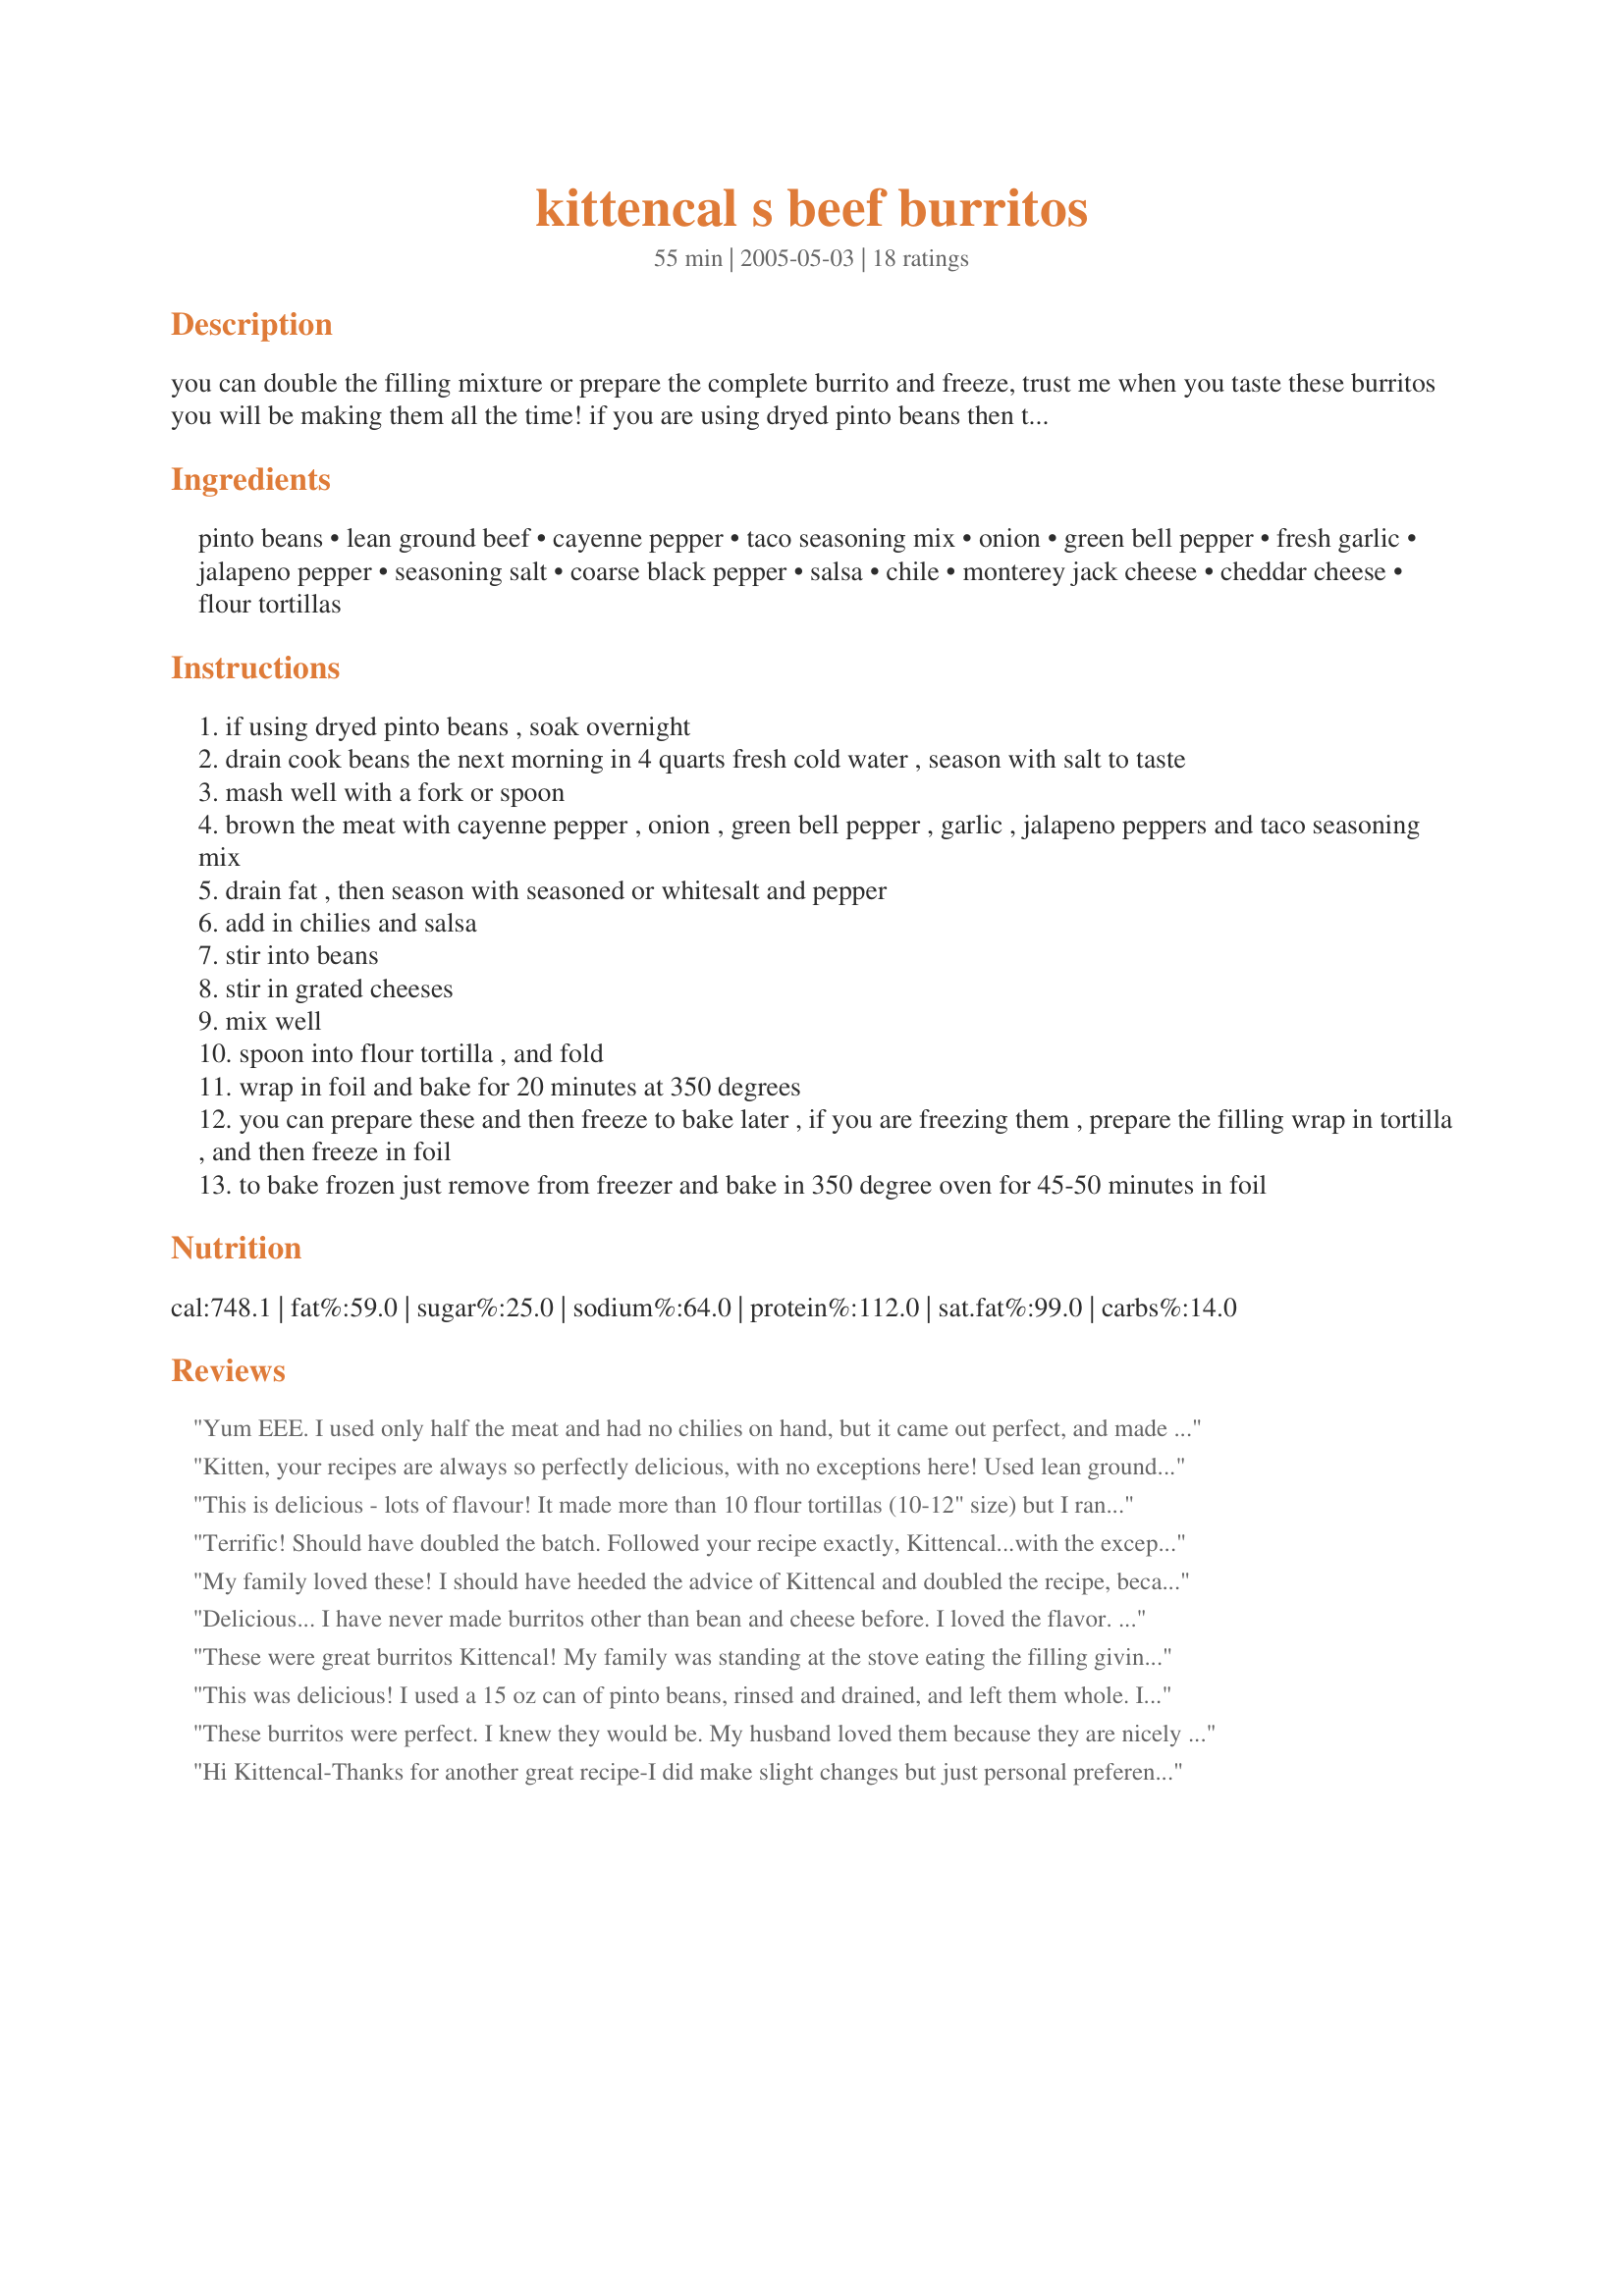
kittencal s beef burritos
Preparation time: 55 minutes

you can double the filling mixture or prepare the complete burrito and freeze, trust me when you taste these burritos you will be making them all the time! if you are using dryed pinto beans then they will need to soak in water for 24 hours. prep time does not include soaking the beans for 24 hours. the recipe can be made using half ground beef and ground pork if desired yield is only estimated depending on the amount of filling used in the burrito, all amounts may be adjusted to suit taste.

Ingredients:
pinto beans, lean ground beef, cayenne pepper, taco seasoning mix, onion, green bell pepper, fresh garlic, jalapeno pepper, seasoning salt, coarse black pepper, salsa, chile, monterey jack cheese, cheddar cheese, flour tortillas

Steps:
if using dryed pinto beans , soak overnight
drain cook beans the next morning in 4 quarts fresh cold water , season with salt to taste
mash well with a fork or spoon
brown the meat with cayenne pepper , onion , green bell pepper , garlic , jalapeno peppers and taco seasoning mix
drain fat , then season with seasoned or whitesalt and pepper
add in chilies and salsa
stir into beans
stir in grated cheeses
mix well
spoon into flour tortilla , and fold
wrap in foil and bake for 20 minutes at 350 degrees
you can prepare these and then freeze to bake later , if you are freezing them , prepare the filling wrap in tortilla , and then freeze in foil
to bake frozen just remove from freezer and bake in 350 degree oven for 45-50 minutes in foil

Reviews:
Yum EEE. I used only half the meat and had no chilies on hand, but it came out perfect, and made way more than it was s'possed to, how big and the tortillas you use??? This is so a keeper, thanks for helping me impress all my college friends!
Kitten, your recipes are always so perfectly delicious, with no exceptions here! Used lean ground turkey, low fat refried beans in place of the beans, and reduced fat cheese...otherwise followed to a T. Thanks for another keeper!
This is delicious - lots of flavour!
It made more than 10 flour tortillas (10-12" size) but I ran out. Probably will make 14. I only used about 1/2 cup of the total cheese in the recipe. Too much for me!
Terrific! Should have doubled the batch. Followed your recipe exactly, Kittencal...with the exceptions of using 2 cans of black beans with liquid, chopped jalapeno pickled peppers and a mixed Mexican shredded cheese combo. My son said 'get rid of all those other recipes. This one is it!' It's a pleasure to find and cook yet another of your fine quick, easy, and very well-received kitchen delights!
My family loved these! I should have heeded the advice of Kittencal and doubled the recipe, because I ended up needing it! 

My answer to the diced chile question was a 4 oz. can of drained green chiles, which worked well for our tastes. Also, I opted to add a bit more water to compensate for the two cups of cooked white rice that I added to the mix. It stretched the mix further for us, as well as making it a bit more filling.

These froze and reheated really well. I liked them a lot, my husband loved them, and my little ones raved. This is my new go-to recipe for burritos!
Delicious... I have never made burritos other than bean and cheese before. I loved the flavor. My 12 year old loved it. My 9 year not a huge red meat eater (don't know where she came from LOL). Made 10 good size burritos. Going to Freeze the rest for future dinners. AMAZING dish again Kitten!
These were great burritos Kittencal! My family was standing at the stove eating the filling giving me two thumbs up while I was trying to wrap the burritos. They couldn't wait for them to bake. I ran to the store to get some of the ingredients only to find I left the jalapeno pepper there so I used some liquid Chipotle sauce to give it some heat. For the seasoning I made mama's kitchen recipe #166030. I only had 8 tortillas shells and we each had one along side a salad and I will freeze the other 4. I had a little bit of filling left so I will freeze it and use for a future date. This recipe is definitely a keeper. My family thanks you for posting a great recipe Kittencal.
This was delicious! I used a 15 oz can of pinto beans, rinsed and drained, and left them whole. I used a 4 oz can of chopped chiles, liquid and all. I filled 10 large tortillas and had about a cup of left over filling. DS used the leftover for nachos. I love that these can be frozen! Thanks for posting. Updated 1/24/2013: Reheated the frozen burritos. I froze single and double burritos in foil. With 2 burritos in a single pack it took about an hour to be ready to eat. Had a slight bit of trouble with the tortilla sticking to the foil, but they were still delicious! I will definitely be making these again!
These burritos were perfect. I knew they would be. My husband loved them because they are nicely spiced! If you go a little heavy on the Cayenne pepper, it works great for people who like spicy. I followed the recipe and I will add this one to my regualr rotation. Yum! Thanks Kittencal!
Hi Kittencal-Thanks for another great recipe-I did make slight changes but just personal preference. I did make only half a batch but soon learned that was a mistake. I did omit the accent, used approx 3/4 cup of the salsa, canned pinto beans, very lightly mashed and added to cheese to the burritos as a topping so that we could control the fat content a bit. Also I just put the filling in flour tortillas that were warmed in the microwave to soften them.Smelled heavenly while cooking and so easy. Also topped with sour cream. Thanks-PeggyLynn
Got these made yesterday, my first time at making Burriots and I have a lot to learn about rolling the tortillas where they look neat, mine were sort of sloppy..lol..
will definately try them again though
wow are these good! the only thing i did differently is use a can of burrito refried beans (they have green chilis and garlic in them) bc i didn't have any raw ones. Plus i like refried beans in burritos lol

oooey gooey goodness, just fantastic.
Incredible! These were easy to prepare and awesome to eat! I was looking for a way to use up some left over grilled poblano peppers with hamburger and found this recipe. My husband and I had enough for 3 meals and enjoyed these burritos more with each meal! Thanks for the great recipe- we'll be making these again... and again!
A half-batch, made with dried pintos and without MSG, yielded a huge skilletful of very delicious burrito filling. We got ten good-sized burritos and so I froze a few then later baked them according to the instructions given in steps #7-8 which worked perfectly :) Thanks Kitten for a great OAMC recipe!
I left out the pinto beans but otherwise made using the recipe, except I added in some brown rice with the ground beef. We loved this and we will definately have this when we get a craving for burritos again!
Excellent! we loved this filling in tortillas. I used half ground pork and half ground beef, and omited the garlic. This was so good. Thanks.
Great recipe! I make them with ground turkey and the hubby loves them! I have made the whole batch and froze them and they reheat so well....you can't even tell they've been frozen!
I made with Mexican Rice added in, in place of the beans. Also, I didn't know what you meant by diced chile, because if you meant chile peppers, then it would have been hot enough for only a dragons mouth using 1/2 c. LOL. I just omitted whatever it was supposed to be and otherwise made per the directions. We really loved these and will add them to our meal rotation, since everyone gave them 5 stars at the table. Thanks Kitten! Milt
